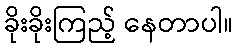
ခိုးခိုးကြည့် နေတာပါ။